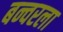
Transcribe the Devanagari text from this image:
बन्वरला